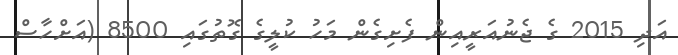
އަދި 2015 ގެ ޖެނުއަރީއިން ފެށިގެން މަހު ކުލީގެ ގޮތުގައި 8500 (އަށްހާސް